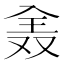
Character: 𠓰